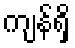
ကျန်ရှိ